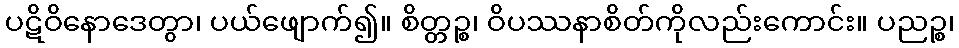
ပဋိဝိနောဒေတွာ၊ ပယ်ဖျောက်၍။ စိတ္တဉ္စ၊ ဝိပဿနာစိတ်ကိုလည်းကောင်း။ ပညဉ္စ၊